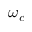
\omega _ { c }